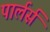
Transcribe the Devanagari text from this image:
पार्लर्स